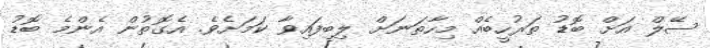
ސޭލް އަށް ބޮޑު ތަރުހީބެއް މިހާތަނަށް ލިބިފައިވާ ކަމަށެވެ. އެގޮތުން އެންމެ ބޮޑު